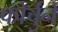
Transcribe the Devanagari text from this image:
फोर्चुने